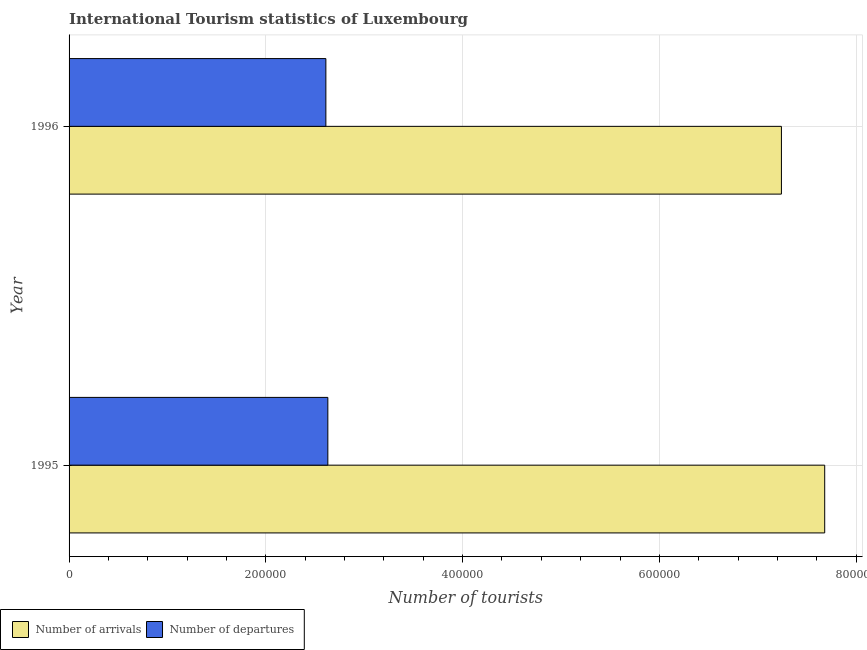
| Year | Number of arrivals | Number of departures |
 | --- | --- | --- |
 | 1995 | 7.68e+05 | 2.63e+05 |
 | 1996 | 7.24e+05 | 2.61e+05 |